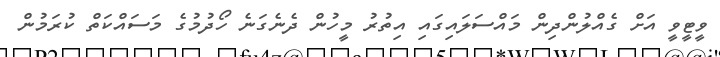
ވީޓީވީ އަށް ގެއްލުންދިން މައްސަލައިގައި އިތުރު މީހުން ދެނެގަނެ ހޯދުމުގެ މަސައްކަތް ކުރަމުން